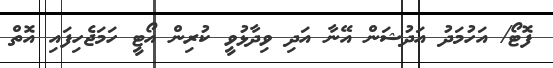
ފޮޓޯ/ އަހުމަދު އަދުޝަން އޭނާ އަދި ވިދާޅުވީ ކުރިން އޯޓީ ހަމަޖެހިފައި އޮތް